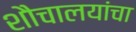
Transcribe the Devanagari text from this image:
शौचालयांचा